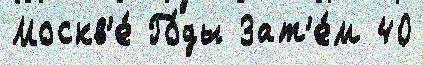
Москв'е́ Го́ды Зат'е́м 40